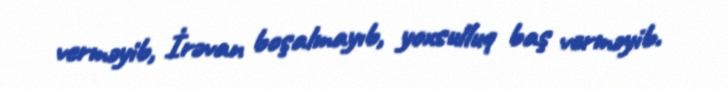
verməyib, İrəvan boşalmayıb, yoxsulluq baş verməyib.